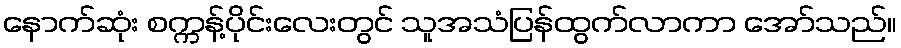
နောက်ဆုံး စက္ကန့်ပိုင်းလေးတွင် သူအသံပြန်ထွက်လာကာ အော်သည်။